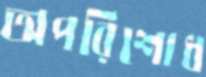
অপরিশোধ